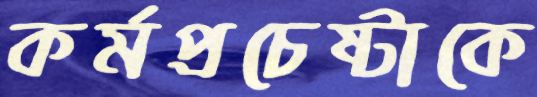
কর্মপ্রচেষ্টাকে